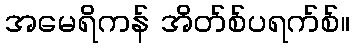
အမေရိကန် အိတ်စ်ပရက်စ်။